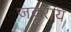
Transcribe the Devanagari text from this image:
जदुराय